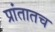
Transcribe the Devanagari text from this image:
प्रांतातच